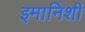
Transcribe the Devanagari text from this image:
इमानिशी